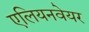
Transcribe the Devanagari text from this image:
एलियनवेयर